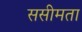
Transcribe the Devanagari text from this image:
ससीमता